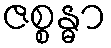
ဇစ္စန္ဓာ